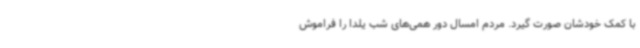
با کمک خودشان صورت گیرد. مردم امسال دور همی‌های شب یلدا را فراموش